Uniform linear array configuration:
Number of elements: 4
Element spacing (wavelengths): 0.75
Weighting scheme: blackman
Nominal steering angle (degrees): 30
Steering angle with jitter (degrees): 31.166
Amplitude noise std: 0.05
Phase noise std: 0.05

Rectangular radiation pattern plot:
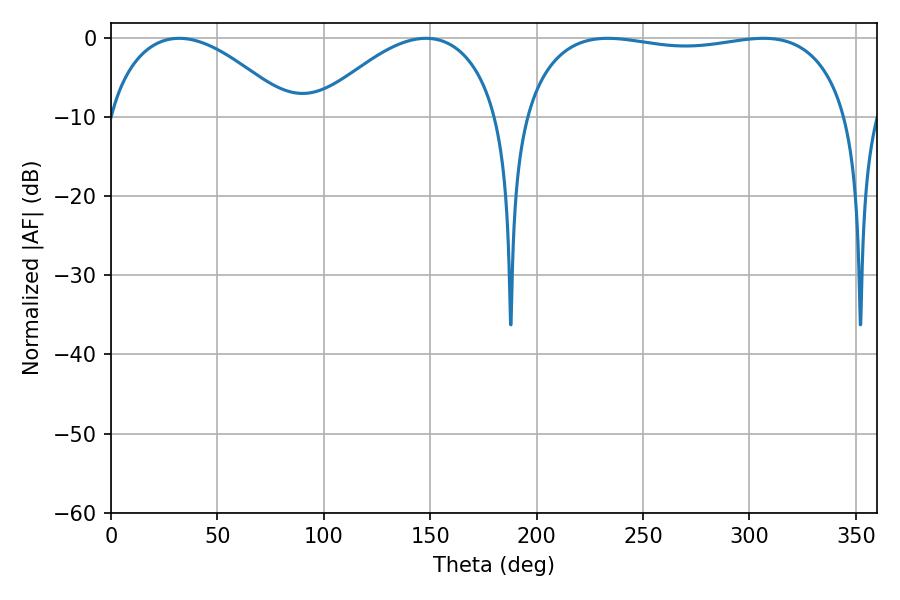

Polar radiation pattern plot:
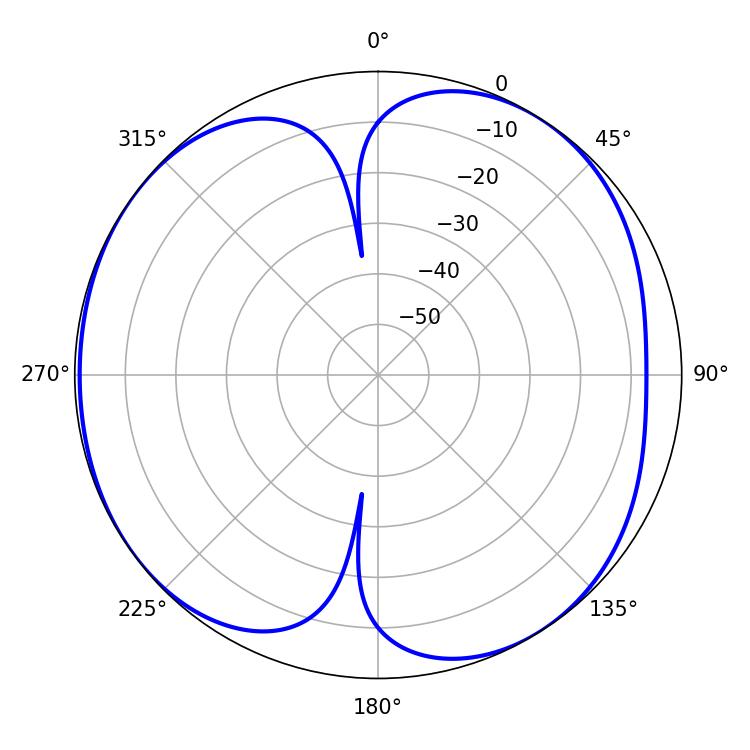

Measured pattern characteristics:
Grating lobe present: TRUE
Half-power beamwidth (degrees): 48.06
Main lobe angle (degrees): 32.04